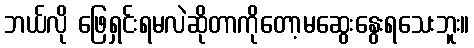
ဘယ်လို ဖြေရှင်းရမလဲဆိုတာကိုတော့မဆွေးနွေးရသေးဘူး။